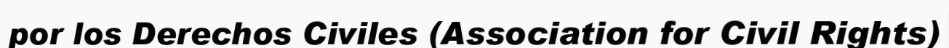
por los Derechos Civiles (Association for Civil Rights)